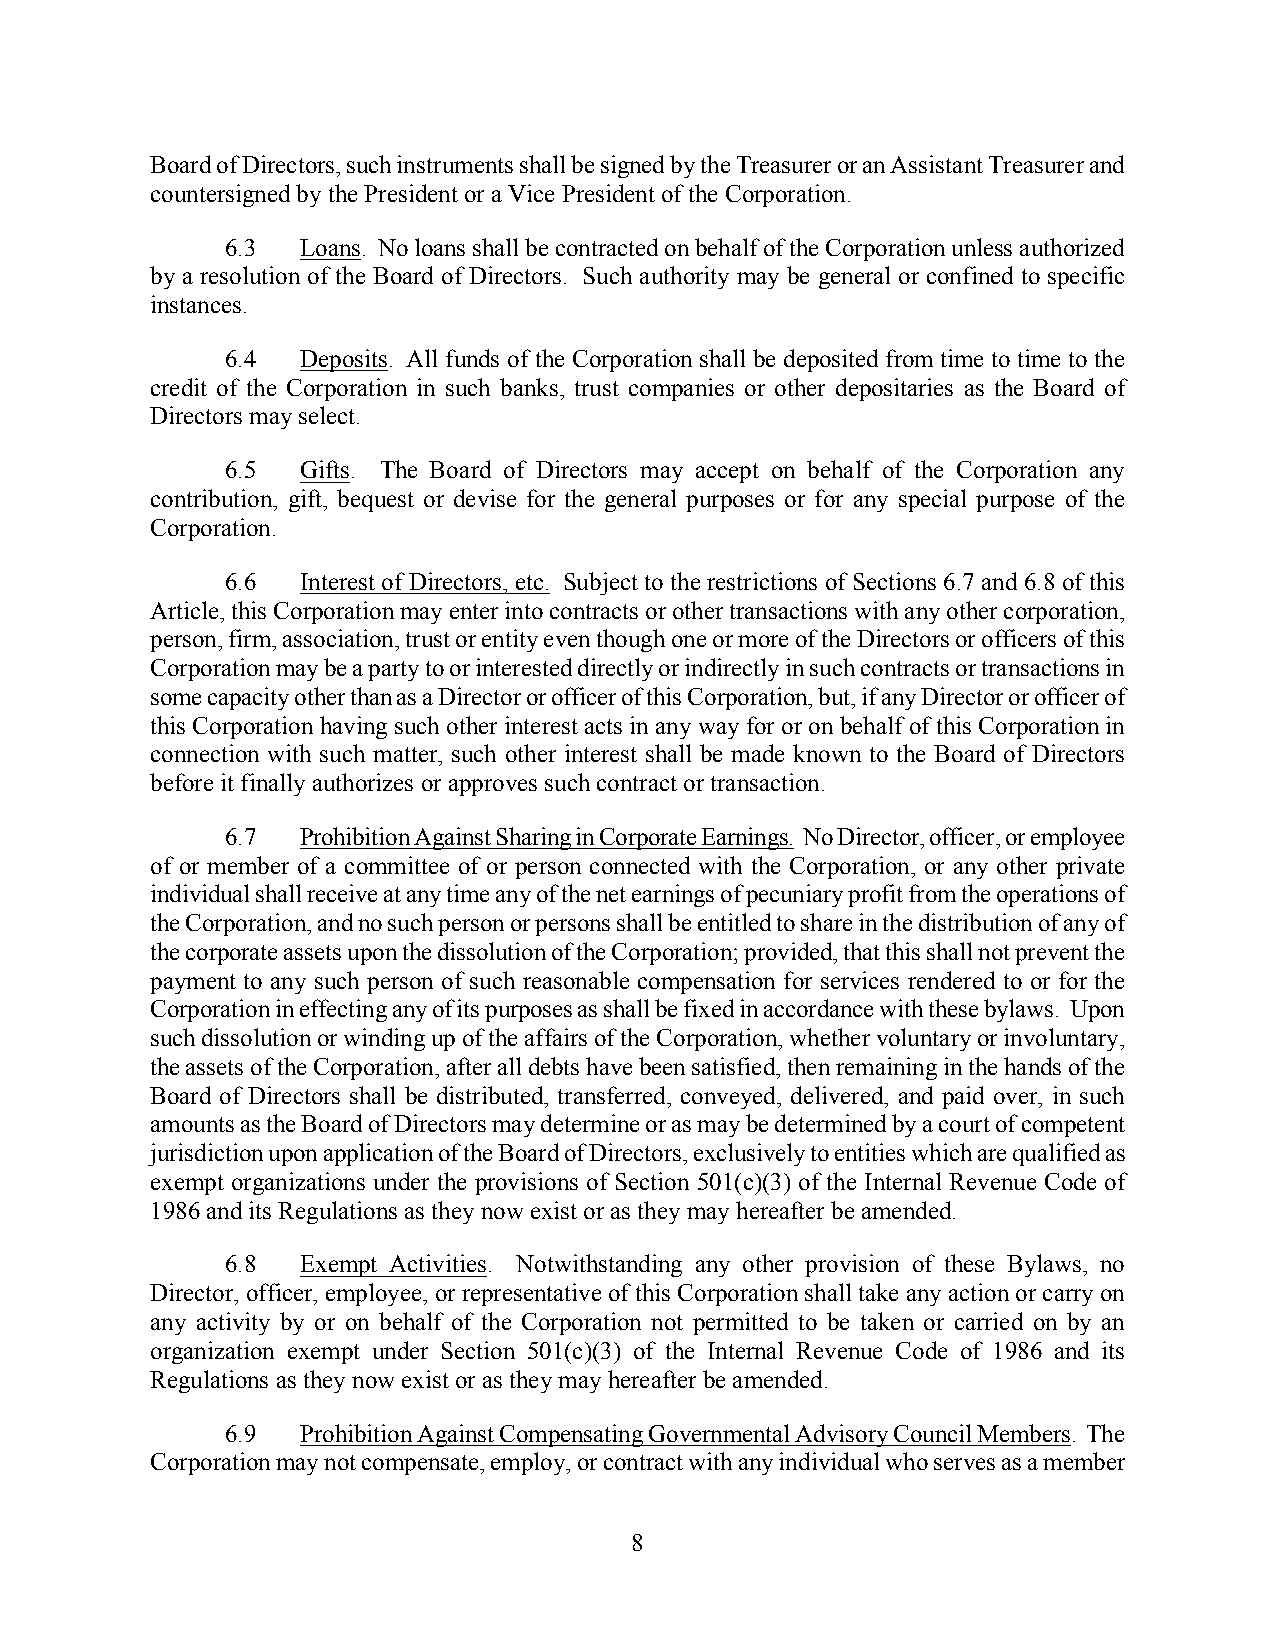
Board of Directors, such instruments shall be signed by the Treasurer or an Assistant Treasurer and
 countersigned by the President or a Vice President of the Corporation.
 6.3  Loans. No loans shall be contracted on behalf of the Corporation unless authorized
 by a resolution of the Board of Directors. Such authority may be general or confined to specific
 instances.
 6.4  Deposits. All funds of the Corporation shall be deposited from time to time to the
 credit of the Corporation in such banks, trust companies or other depositaries as the Board of
 Directors may select.
 6.5  Gifts. The Board of Directors may accept on behalf of the Corporation any
 contribution, gift, bequest or devise for the general purposes or for any special purpose of the
 Corporation.
 6.6  Interest of Directors, etc. Subject to the restrictions of Sections 6.7 and 6.8 of this
 Article, this Corporation may enter into contracts or other transactions with any other corporation,
 person, firm, association, trust or entity even though one or more of the Directors or officers of this
 Corporation may be a party to or interested directly or indirectly in such contracts or transactions in
 some capacity other than as a Director or officer of this Corporation, but, if any Director or officer of
 this Corporation having such other interest acts in any way for or on behalf of this Corporation in
 connection with such matter, such other interest shall be made known to the Board of Directors
 before it finally authorizes or approves such contract or transaction.
 6.7  Prohibition Against Sharing in Corporate Earnings. No Director, officer, or employee
 of or member of a committee of or person connected with the Corporation, or any other private
 individual shall receive at any time any of the net earnings of pecuniary profit from the operations of
 the Corporation, and no such person or persons shall be entitled to share in the distribution of any of
 the corporate assets upon the dissolution of the Corporation; provided, that this shall not prevent the
 payment to any such person of such reasonable compensation for services rendered to or for the
 Corporation in effecting any of its purposes as shall be fixed in accordance with these bylaws. Upon
 such dissolution or winding up of the affairs of the Corporation, whether voluntary or involuntary,
 the assets of the Corporation, after all debts have been satisfied, then remaining in the hands of the
 Board of Directors shall be distributed, transferred, conveyed, delivered, and paid over, in such
 amounts as the Board of Directors may determine or as may be determined by a court of competent
 jurisdiction upon application of the Board of Directors, exclusively to entities which are qualified as
 exempt organizations under the provisions of Section 501(c)(3) of the Internal Revenue Code of
 1986 and its Regulations as they now exist or as they may hereafter be amended.
 6.8  Exempt Activities. Notwithstanding any other provision of these Bylaws, no
 Director, officer, employee, or representative of this Corporation shall take any action or carry on
 any activity by or on behalf of the Corporation not permitted to be taken or carried on by an
 organization exempt under Section 501(c)(3) of the Internal Revenue Code of 1986 and its
 Regulations as they now exist or as they may hereafter be amended.
 6.9  Prohibition Against Compensating Governmental Advisory Council Members. The
 Corporation may not compensate, employ, or contract with any individual who serves as a member
 8